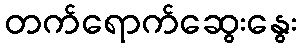
တက်ရောက်ဆွေးနွေး